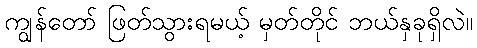
ကျွန်တော် ဖြတ်သွားရမယ့် မှတ်တိုင် ဘယ်နှခုရှိလဲ။